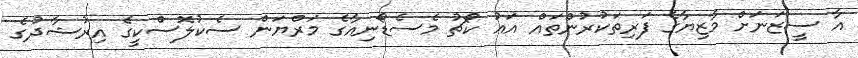
އާ ސީޒަނަށް މާޒިޔާގެ ފަރިތަކުރުންތައް އައު ކޯޗު މެސެޑޯނިއާގެ މަރްޔަން ސެކުލޮސްކީގެ އިރުޝާދުގެ